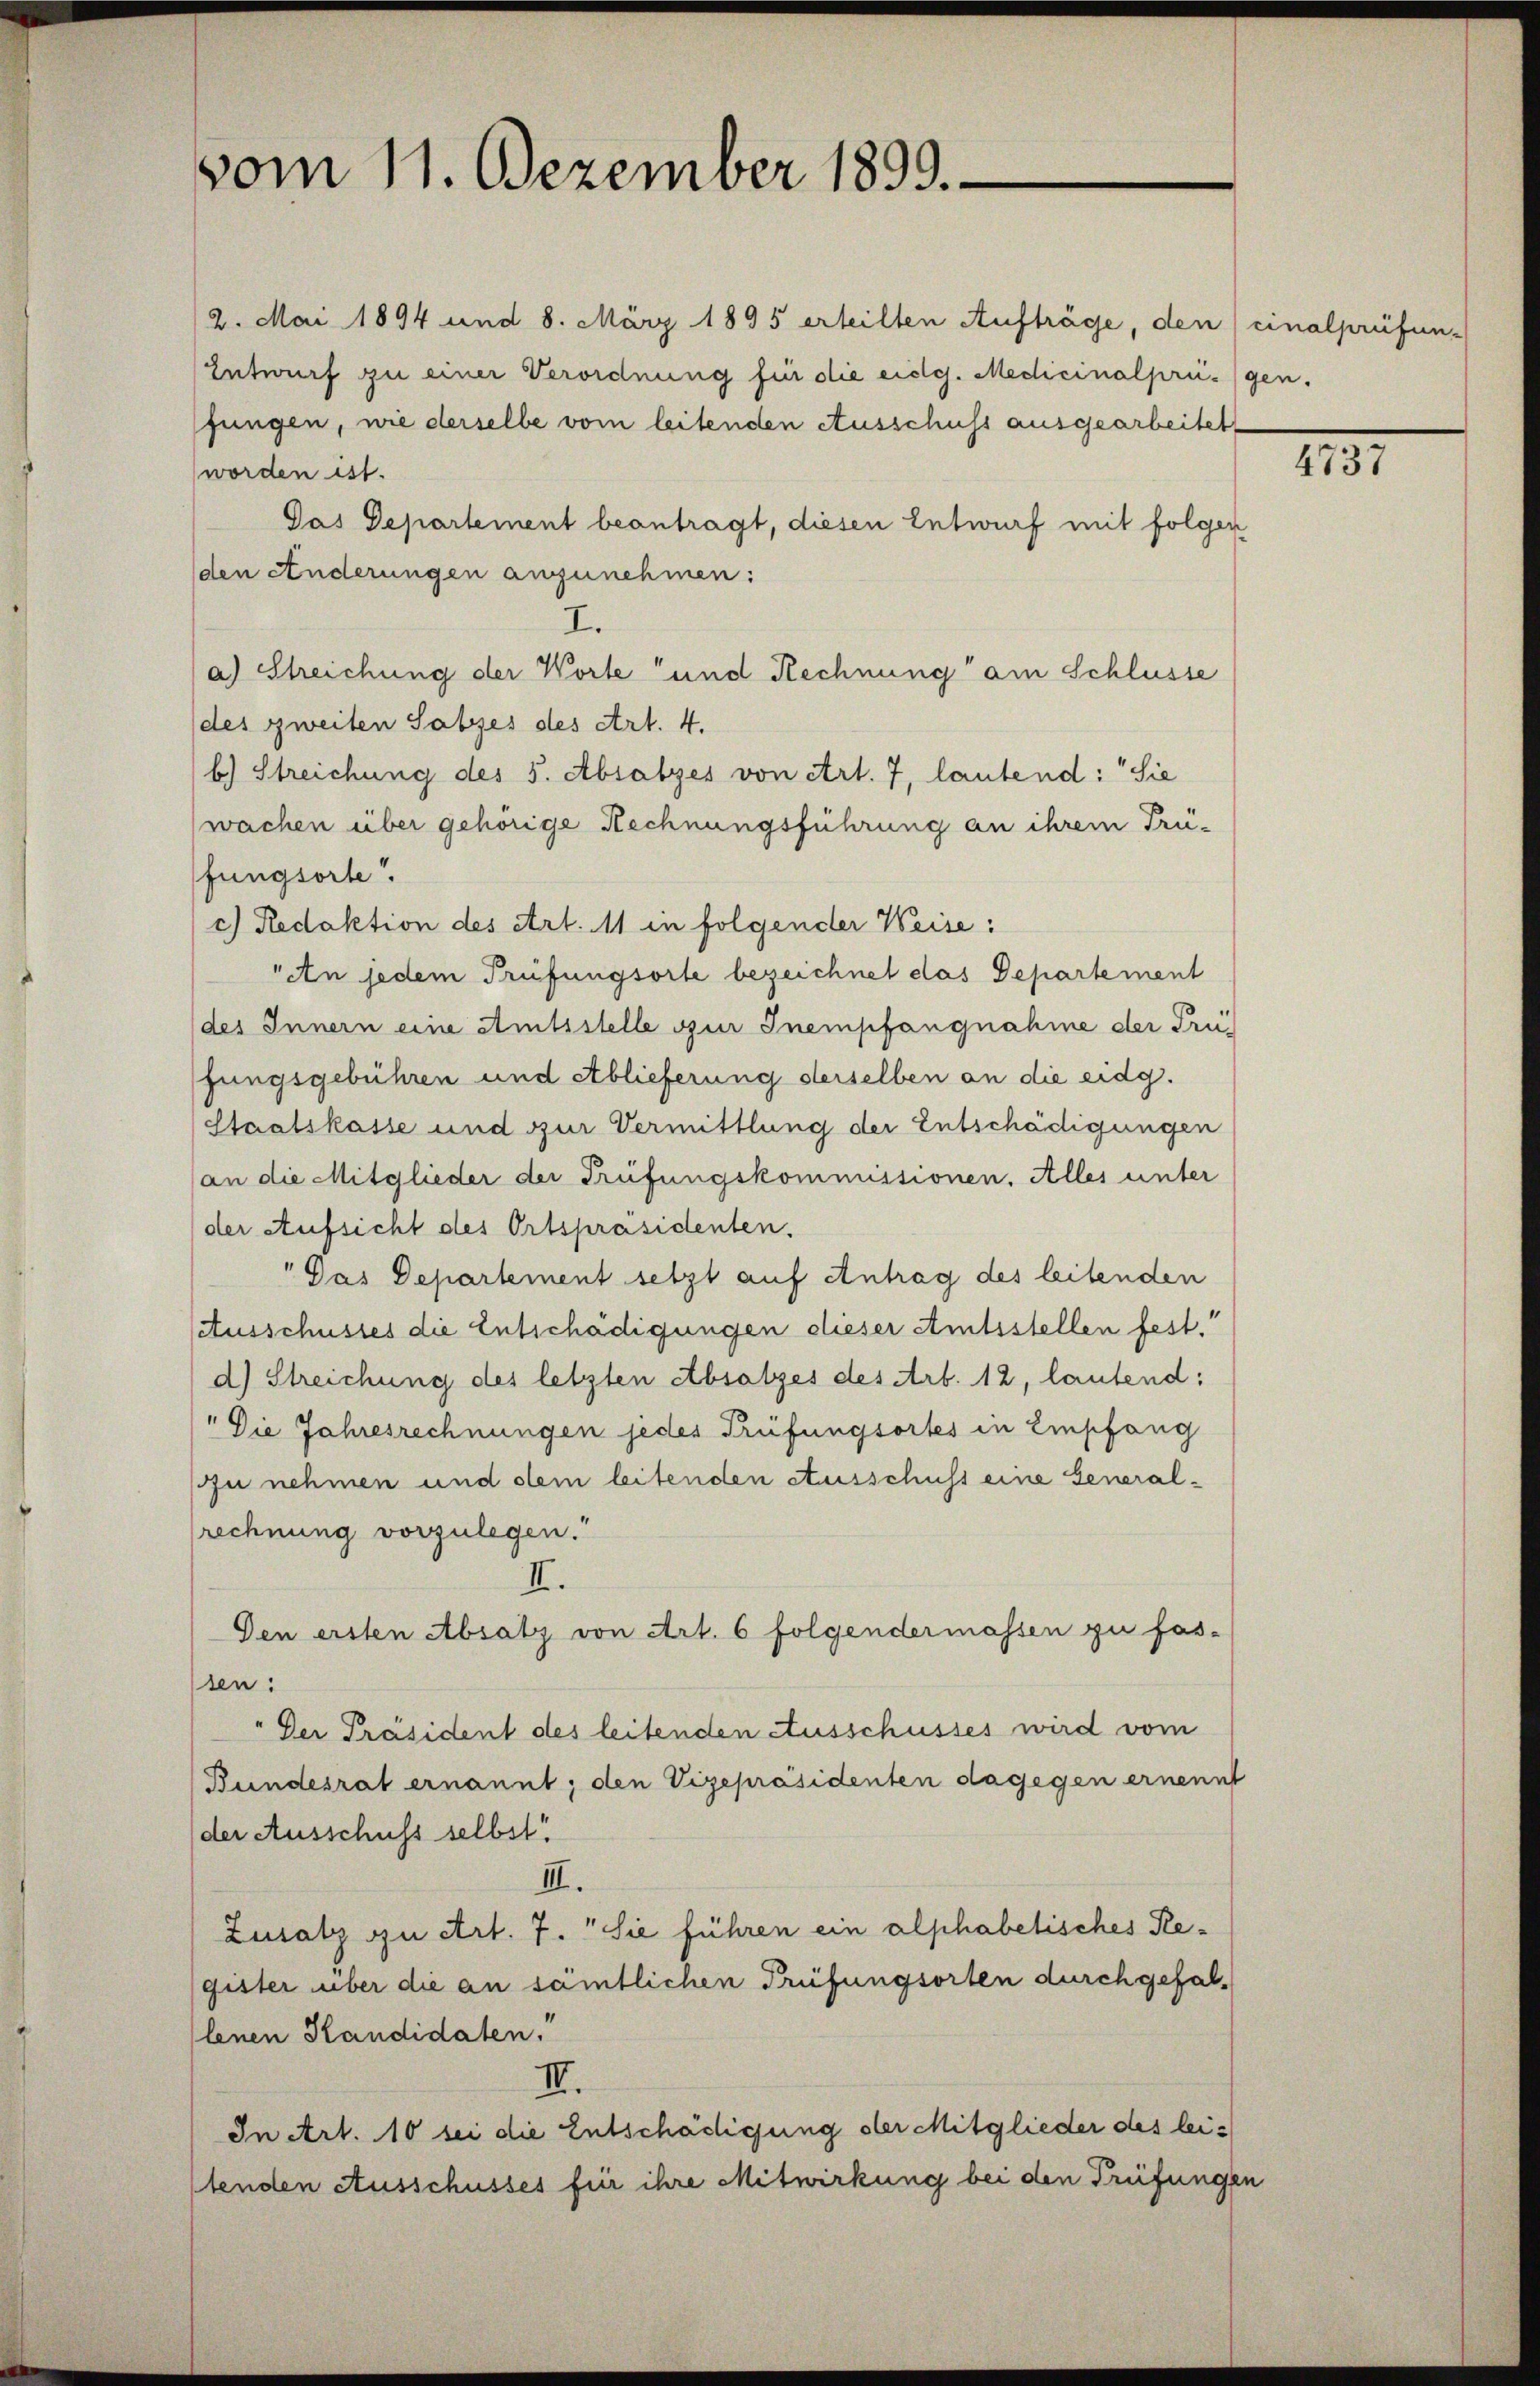
vom 11. Dezember 1899.

2. Mai 1894 und 8. März 1895 erteilten Aufträge, den cinalprüfun-
Entwurf zu einer Verordnung für die eidg. Medicinalprigen.
fungen, wie derselbe vom leitenden Ausschuss ausgearbeitet
worden ist.
Das Departement beantragt, diesen Entwurf mit folgen
(den Änderungen anzunehmen:
.
a) Streichung der Worte und Rechnung am Schlusse
des zweiten Satzes des Art. 4.
b) Streichung des 5. Absatzes von Art. 7, lautend: Sie
wachen über gehörige Rechnungsführung an ihrem Prüfungsorte.
c) Redaktion des Art. 11 in folgender Weise:
An jedem Prüfungsorte bezeichnet das Departement
des Innern eine Amtsstelle zur Inempfangnahme der Prüfungsgebühren und Ablieferung derselben an die eidg.
Staatskasse und zur Vermittlung der Entschädigungen
(an die Mitglieder der Prüfungskommissionen. Alles unter
der Aufsicht des Ortspräsidenten.
" Das Departement setzt auf Antrag des leitenden
Ausschusses die Entschädigungen dieser Amtsstellen fest.
d) Streichung des letzten Absatzes des Art. 12, lautend:
"Die Jahresrechnungen jedes Prüfungsortes in Empfang
u nehmen und dem leitenden Ausschuss eine Generalsrechnung vorzulegen.
II.
Den ersten Absatz von Art. 6 folgendermassen zu fas-
sen:
Der Präsident des leitenden Ausschusses wird vom
Bundesrat ernannt; den Vizepräsidenten dagegen ernennt
der Ausschuss selbst
III.
Zusatz zu Art. 7. Sie führen ein alphabetisches Register über die an sämtlichen Prüfungsorten durchgefallenen Kandidaten.
II.
In Art. 10 sei die Entschädigung der Mitglieder des leitenden Ausschusses für ihre Mitwirkung bei den Prüfungen

1131.